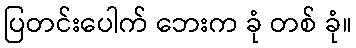
ပြတင်းပေါက် ဘေးက ခုံ တစ် ခုံ။